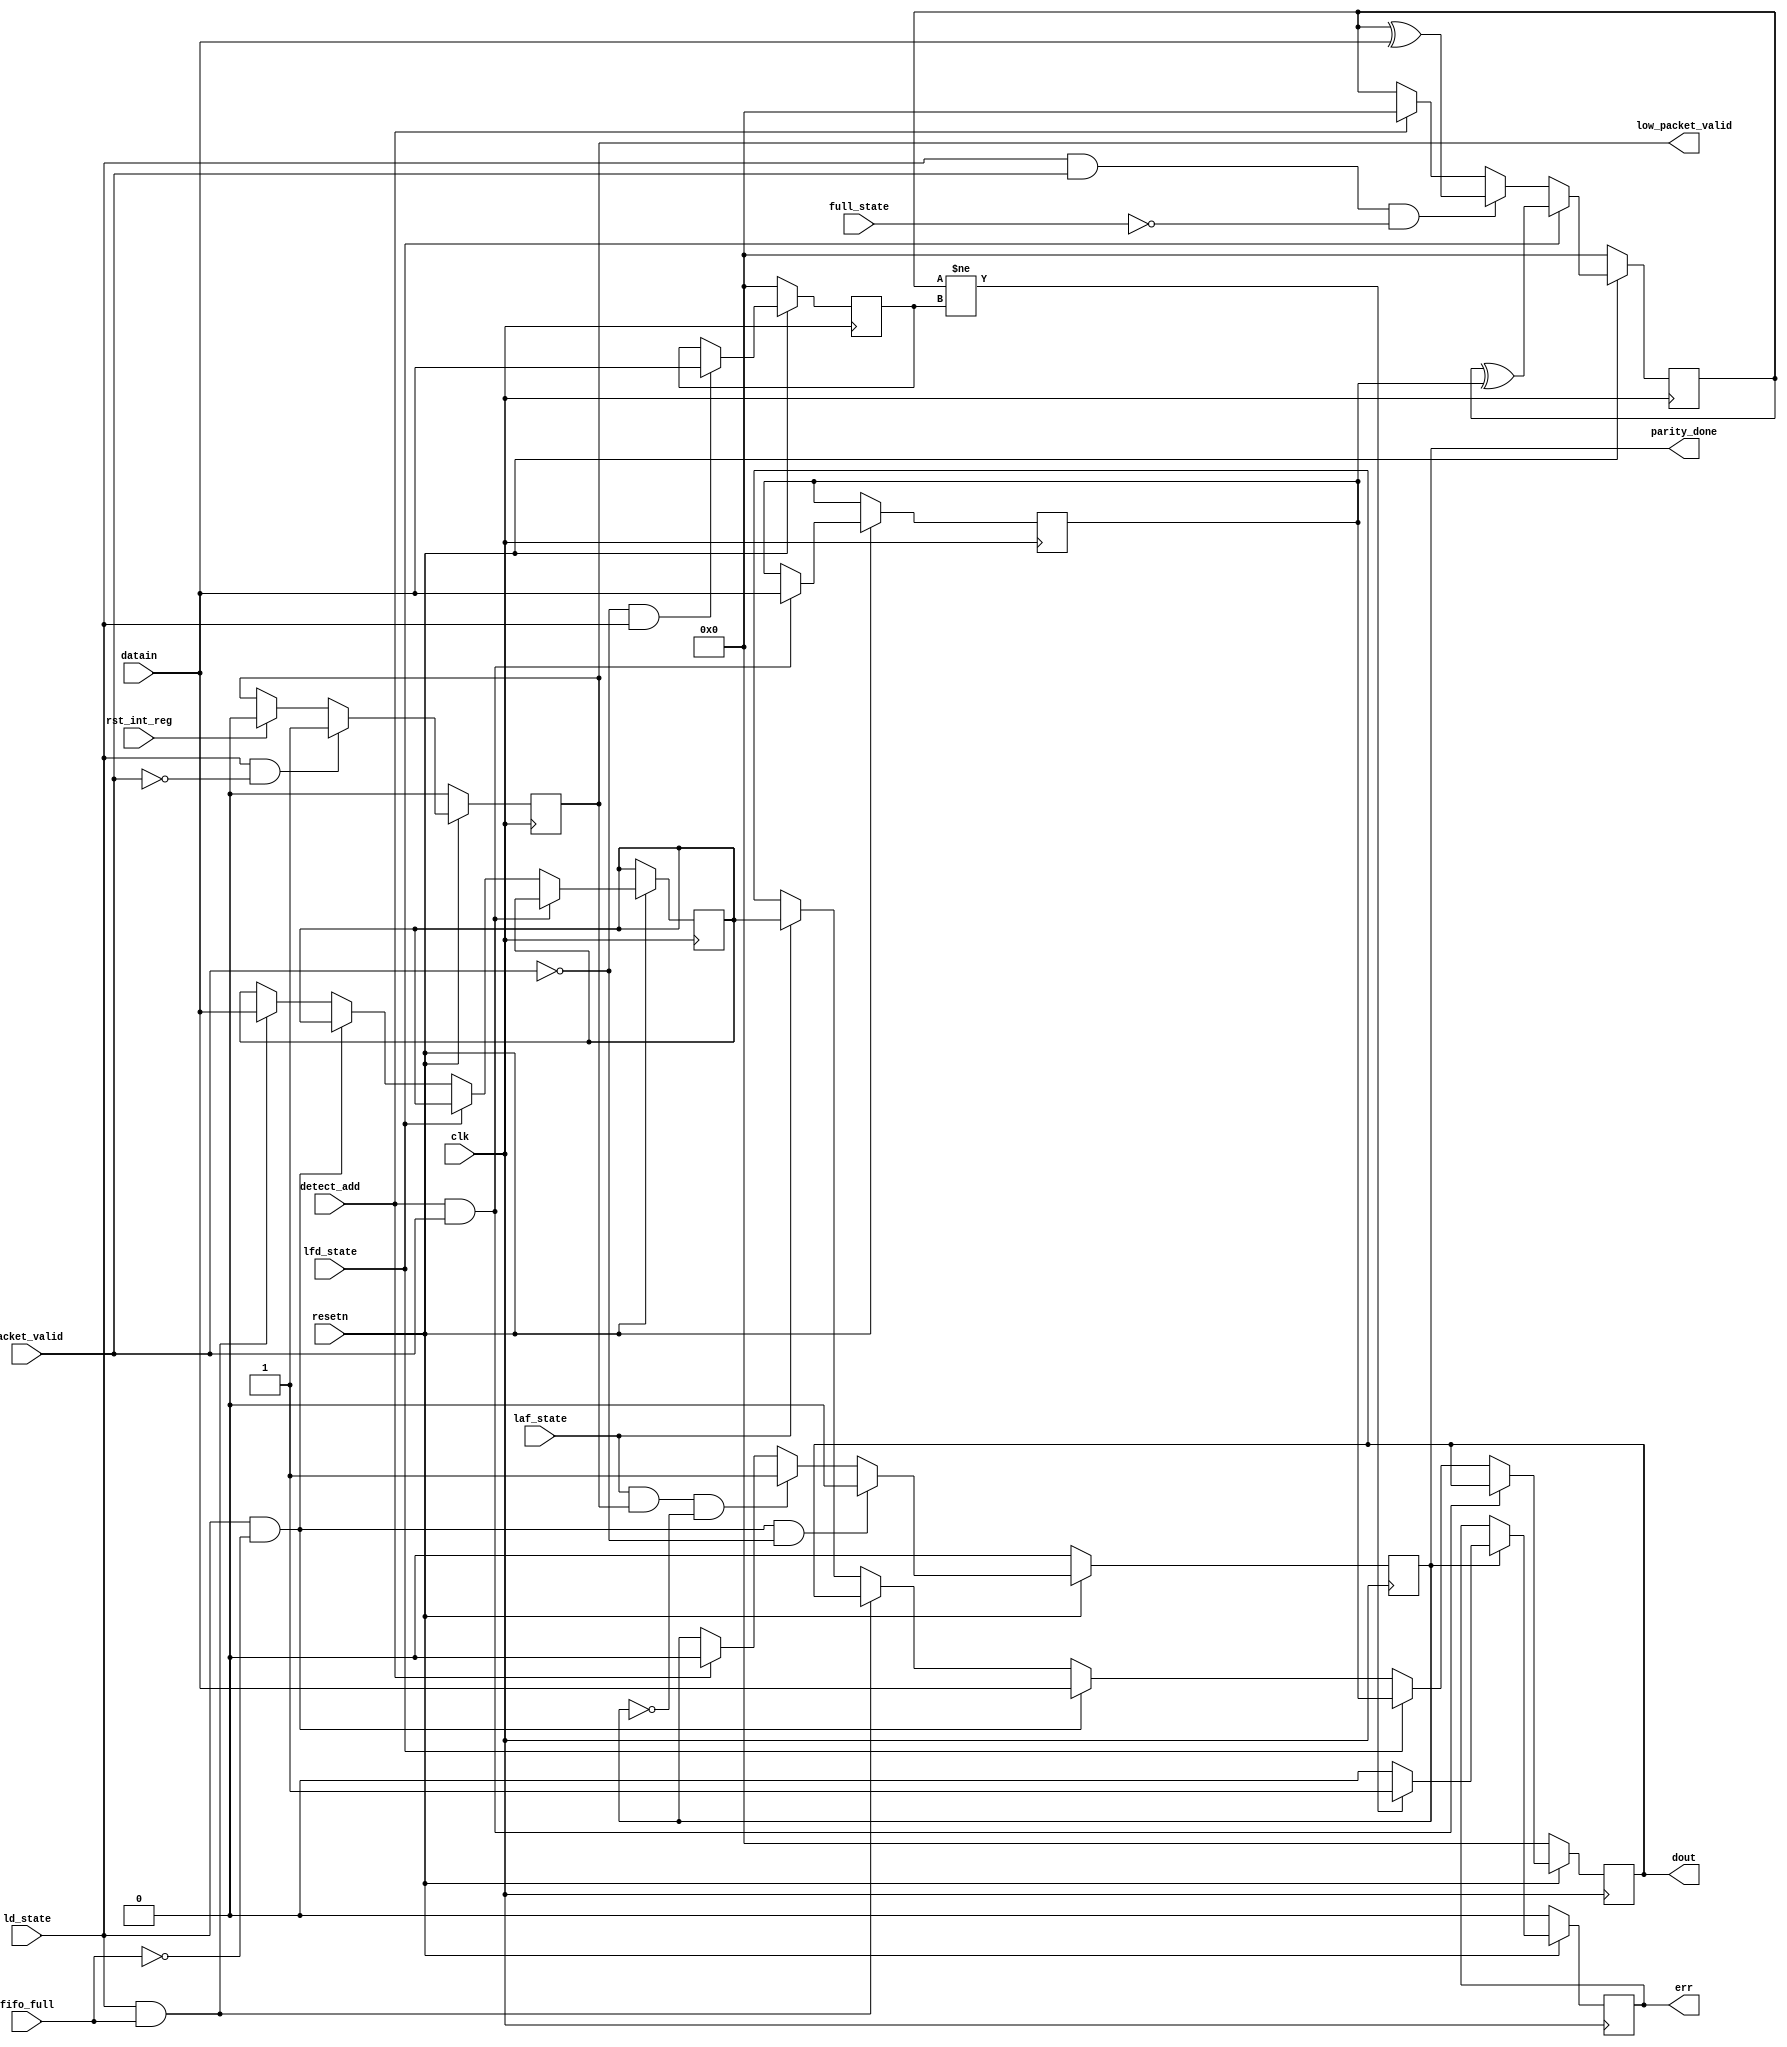
module router_register(clk,resetn,packet_valid,datain,fifo_full,detect_add,ld_state,laf_state,full_state,lfd_state,rst_int_reg,err,parity_done,low_packet_valid,dout);

input clk,resetn,packet_valid,fifo_full,detect_add,ld_state,laf_state,full_state,lfd_state,rst_int_reg;
input [7:0] datain;

output reg err,parity_done,low_packet_valid;
output reg [7:0] dout;

reg [7:0] hold_header_byte,fifo_full_state_byte,internal_parity,packet_parity_byte;

always @ (posedge clk)
 begin
		if(!resetn)
				begin
						parity_done<=1'b0;
						
				end
				
		else
		
				begin
						if(ld_state && !fifo_full && !packet_valid)
								parity_done<=1'b0;
								
				else if (laf_state && low_packet_valid && !parity_done)
								parity_done<=1'b1;
								
				else 
						begin
								if(detect_add)
										parity_done<=1'b0;
										
						end
				end
				
 end


always @ (posedge clk)
	begin 
			if(!resetn)
					low_packet_valid<=1'b0;
					
			else 
					begin
							
							if(rst_int_reg)
									low_packet_valid<=1'b0;
									
							if(ld_state==1'b1 && packet_valid==1'b0)
									low_packet_valid<=1'b1;
									
					end
					
	end
	

always @ (posedge clk)
	begin 
			if(!resetn)
					dout<=8'b0;
					
			 else 
			  begin
					if(detect_add && packet_valid)
							hold_header_byte<=datain;
							
					else if (lfd_state)
					      dout<=hold_header_byte;
							
					else if (ld_state && !fifo_full)
							dout<=datain;
							
					else if (ld_state && fifo_full)
							fifo_full_state_byte<=datain;
							
					else 
						begin
								if(laf_state)
										dout<=fifo_full_state_byte;
										
						end
				 end
				 
	end
	
	
always @ (posedge clk)
	begin
			if(!resetn)
					internal_parity<=8'b0;
					
			else if(lfd_state) 
					internal_parity<=internal_parity ^ hold_header_byte;
					
			else if(ld_state && packet_valid && !full_state)
					internal_parity<=internal_parity ^ datain;
			else
					begin
							if(detect_add)
										internal_parity<=8'b0;
										
					end
	 end

always @ (posedge clk)
		begin
				if(!resetn)
						packet_parity_byte<=8'b0;
						
		else
				begin
							if(!packet_valid && ld_state)
									packet_parity_byte<=datain;
									
				end
				
		end
		
always @ (posedge clk)
	begin
			if(!resetn)
					err<=1'b0;
					
			else
					begin
							if(parity_done)
							 begin
									if(internal_parity!=packet_parity_byte)
												err<=1'b1;
												
									else
									         err<=1'b0;
												
							 end 
							 
					 end 
					 
	end
	
endmodule